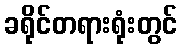
ခရိုင်တရားရုံးတွင်